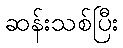
ဆန်းသစ်ပြီး